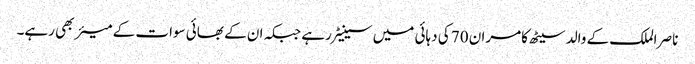
ناصر الملک کے والد سیٹھ کامران 70 کی دہائی میں سینیٹر رہے جبکہ ان کے بھائی سوات کے میئر بھی رہے۔